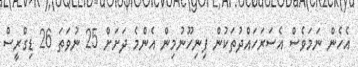
އެހެން ނަމަވެސް އެސަރަހައްދުތަކުން ފިނިހޫނުމިން އެންމެ ދަށަށް 25 ނުވަތަ 26 ޑިގްރީސް